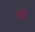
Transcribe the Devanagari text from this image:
स्त्री